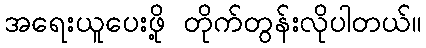
အရေးယူပေးဖို့ တိုက်တွန်းလိုပါတယ်။